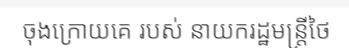
ចុងក្រោយគេ របស់ នាយករដ្ឋមន្ត្រីថៃ